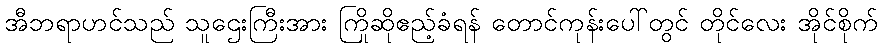
အီဘရာဟင်သည် သူဌေးကြီးအား ကြိုဆိုဧည့်ခံရန် တောင်ကုန်းပေါ်တွင် တိုင်လေး အိုင်စိုက်